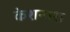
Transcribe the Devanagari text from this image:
केशनाश